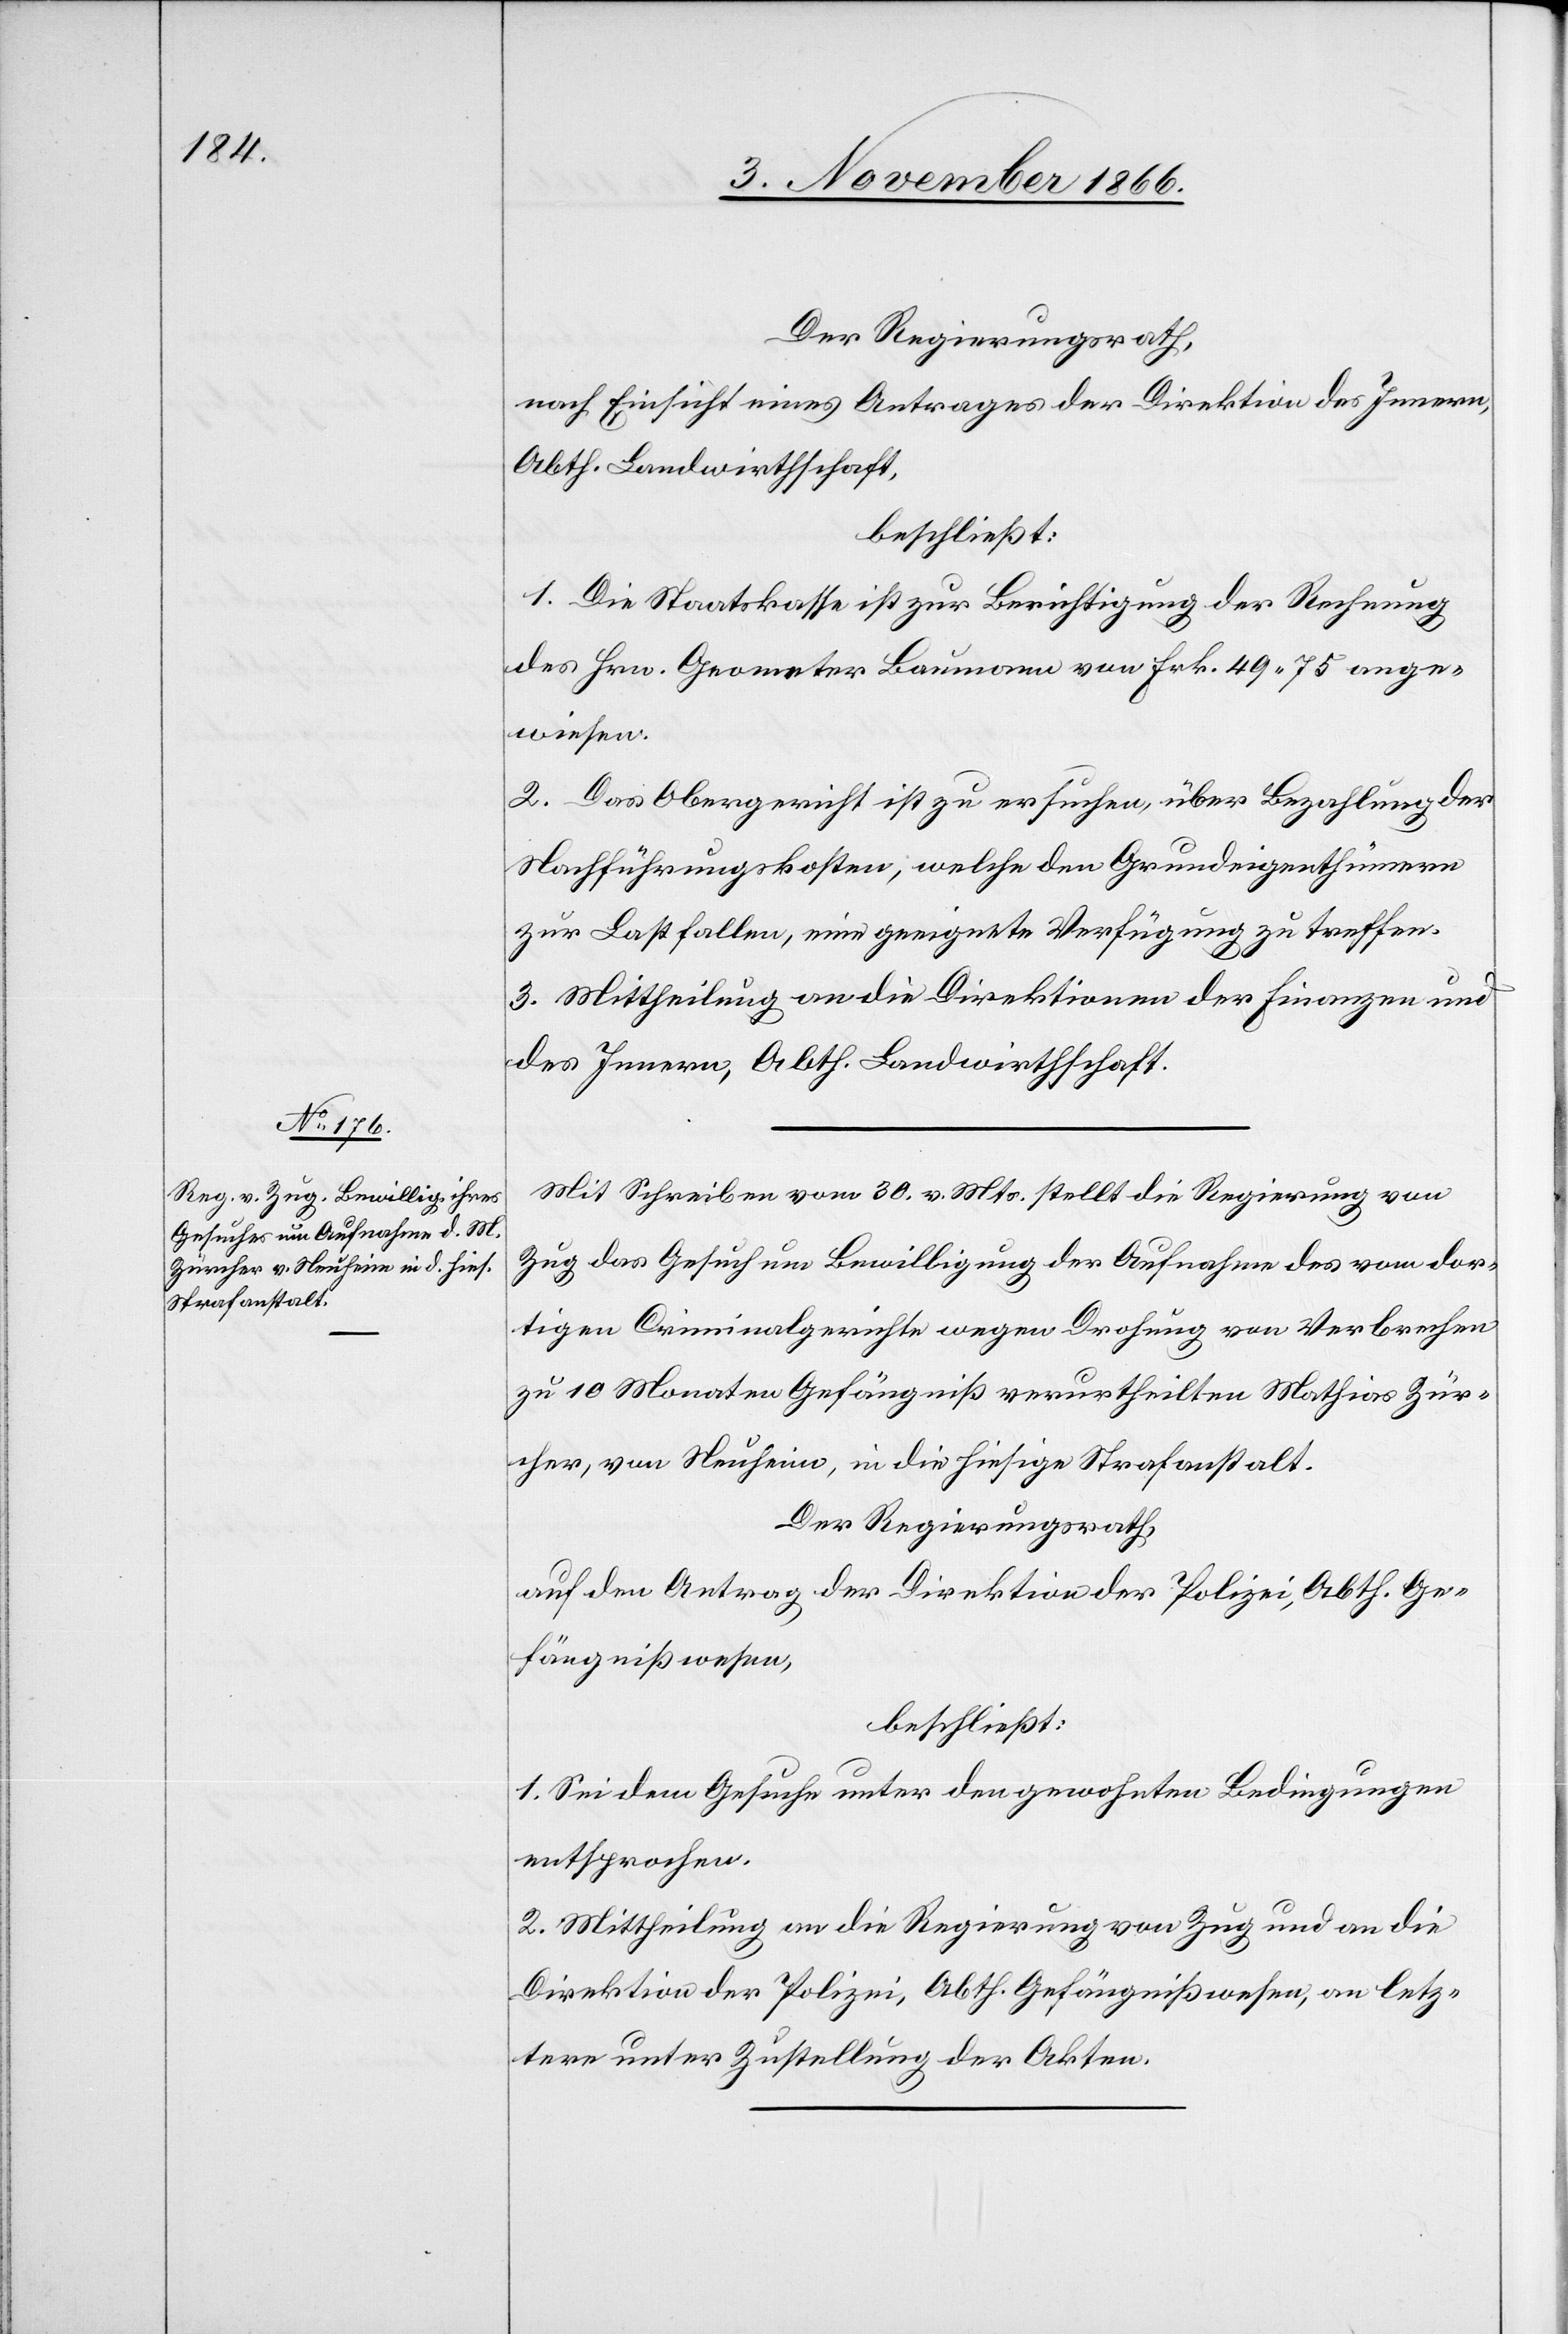
Der Regierungsrath,
nach Einsicht eines Antrages der Direktion des Innern,
Abth. Landwirthschaft,
beschließt:
1. Die Staatskasse ist zur Berichtigung der Rechnung
des Hrn. Geometer Baumann von Frk. 49.75 ange¬
wiesen.
2. Das Obergericht ist zu ersuchen, über Bezahlung der
Nachführungskosten, welche den Grundeigenthümern
zur Last fallen, eine geeignete Verfügung zu treffen.
3. Mittheilung an die Direktionen der Finanzen und
des Innern, Abth. Landwirthschaft.
Mit Schreiben vom 30. v. Mts. stellt die Regierung von
Zug das Gesuch um Bewilligung der Aufnahme des vom dor¬
tigen Criminalgerichte wegen Drohung von Verbrechen
zu 10 Monaten Gefängniß verurtheilten Mathias Zür¬
cher, von Neuheim, in die hiesige Strafanstalt.
Der Regierungsrath,
auf den Antrag der Direktion der Polizei, Abth. Ge¬
fängnißwesen,
beschließt:
1. Sei dem Gesuche unter den gewohnten Bedingungen
entsprochen.
2. Mittheilung an die Regierung von Zug und an die
Direktion der Polizei, Abth. Gefängnißwesen, an letz¬
tere unter Zustellung der Akten.